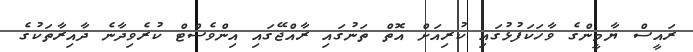
ރައީސް ޔާމީންގެ ވާހަކަފުޅުގައި ކުރިއަށް އޮތް ތަނުގައި ރާއްޖޭގައި އިންވެސްޓް ކުރެވިދާނެ ދާއިރާތަކުގެ